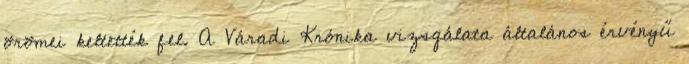
örömei keltették fel. A Váradi Krónika vizsgálata általános érvényű